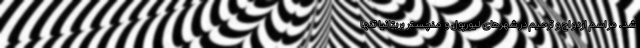
شد. مراسم ازدواج و ترحیم در شهرهای لیورپول و منچستر بریتانیا تنها